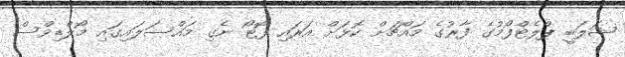
ޝަލަބީ ޕްލެޓްފޯމުގެ ފާރުގެ މައްޗަށް ކޮޅަށް އަރައި ފޮޓޯ ނެގި މައްސަލައިގައި މޯލްޑިވްސް